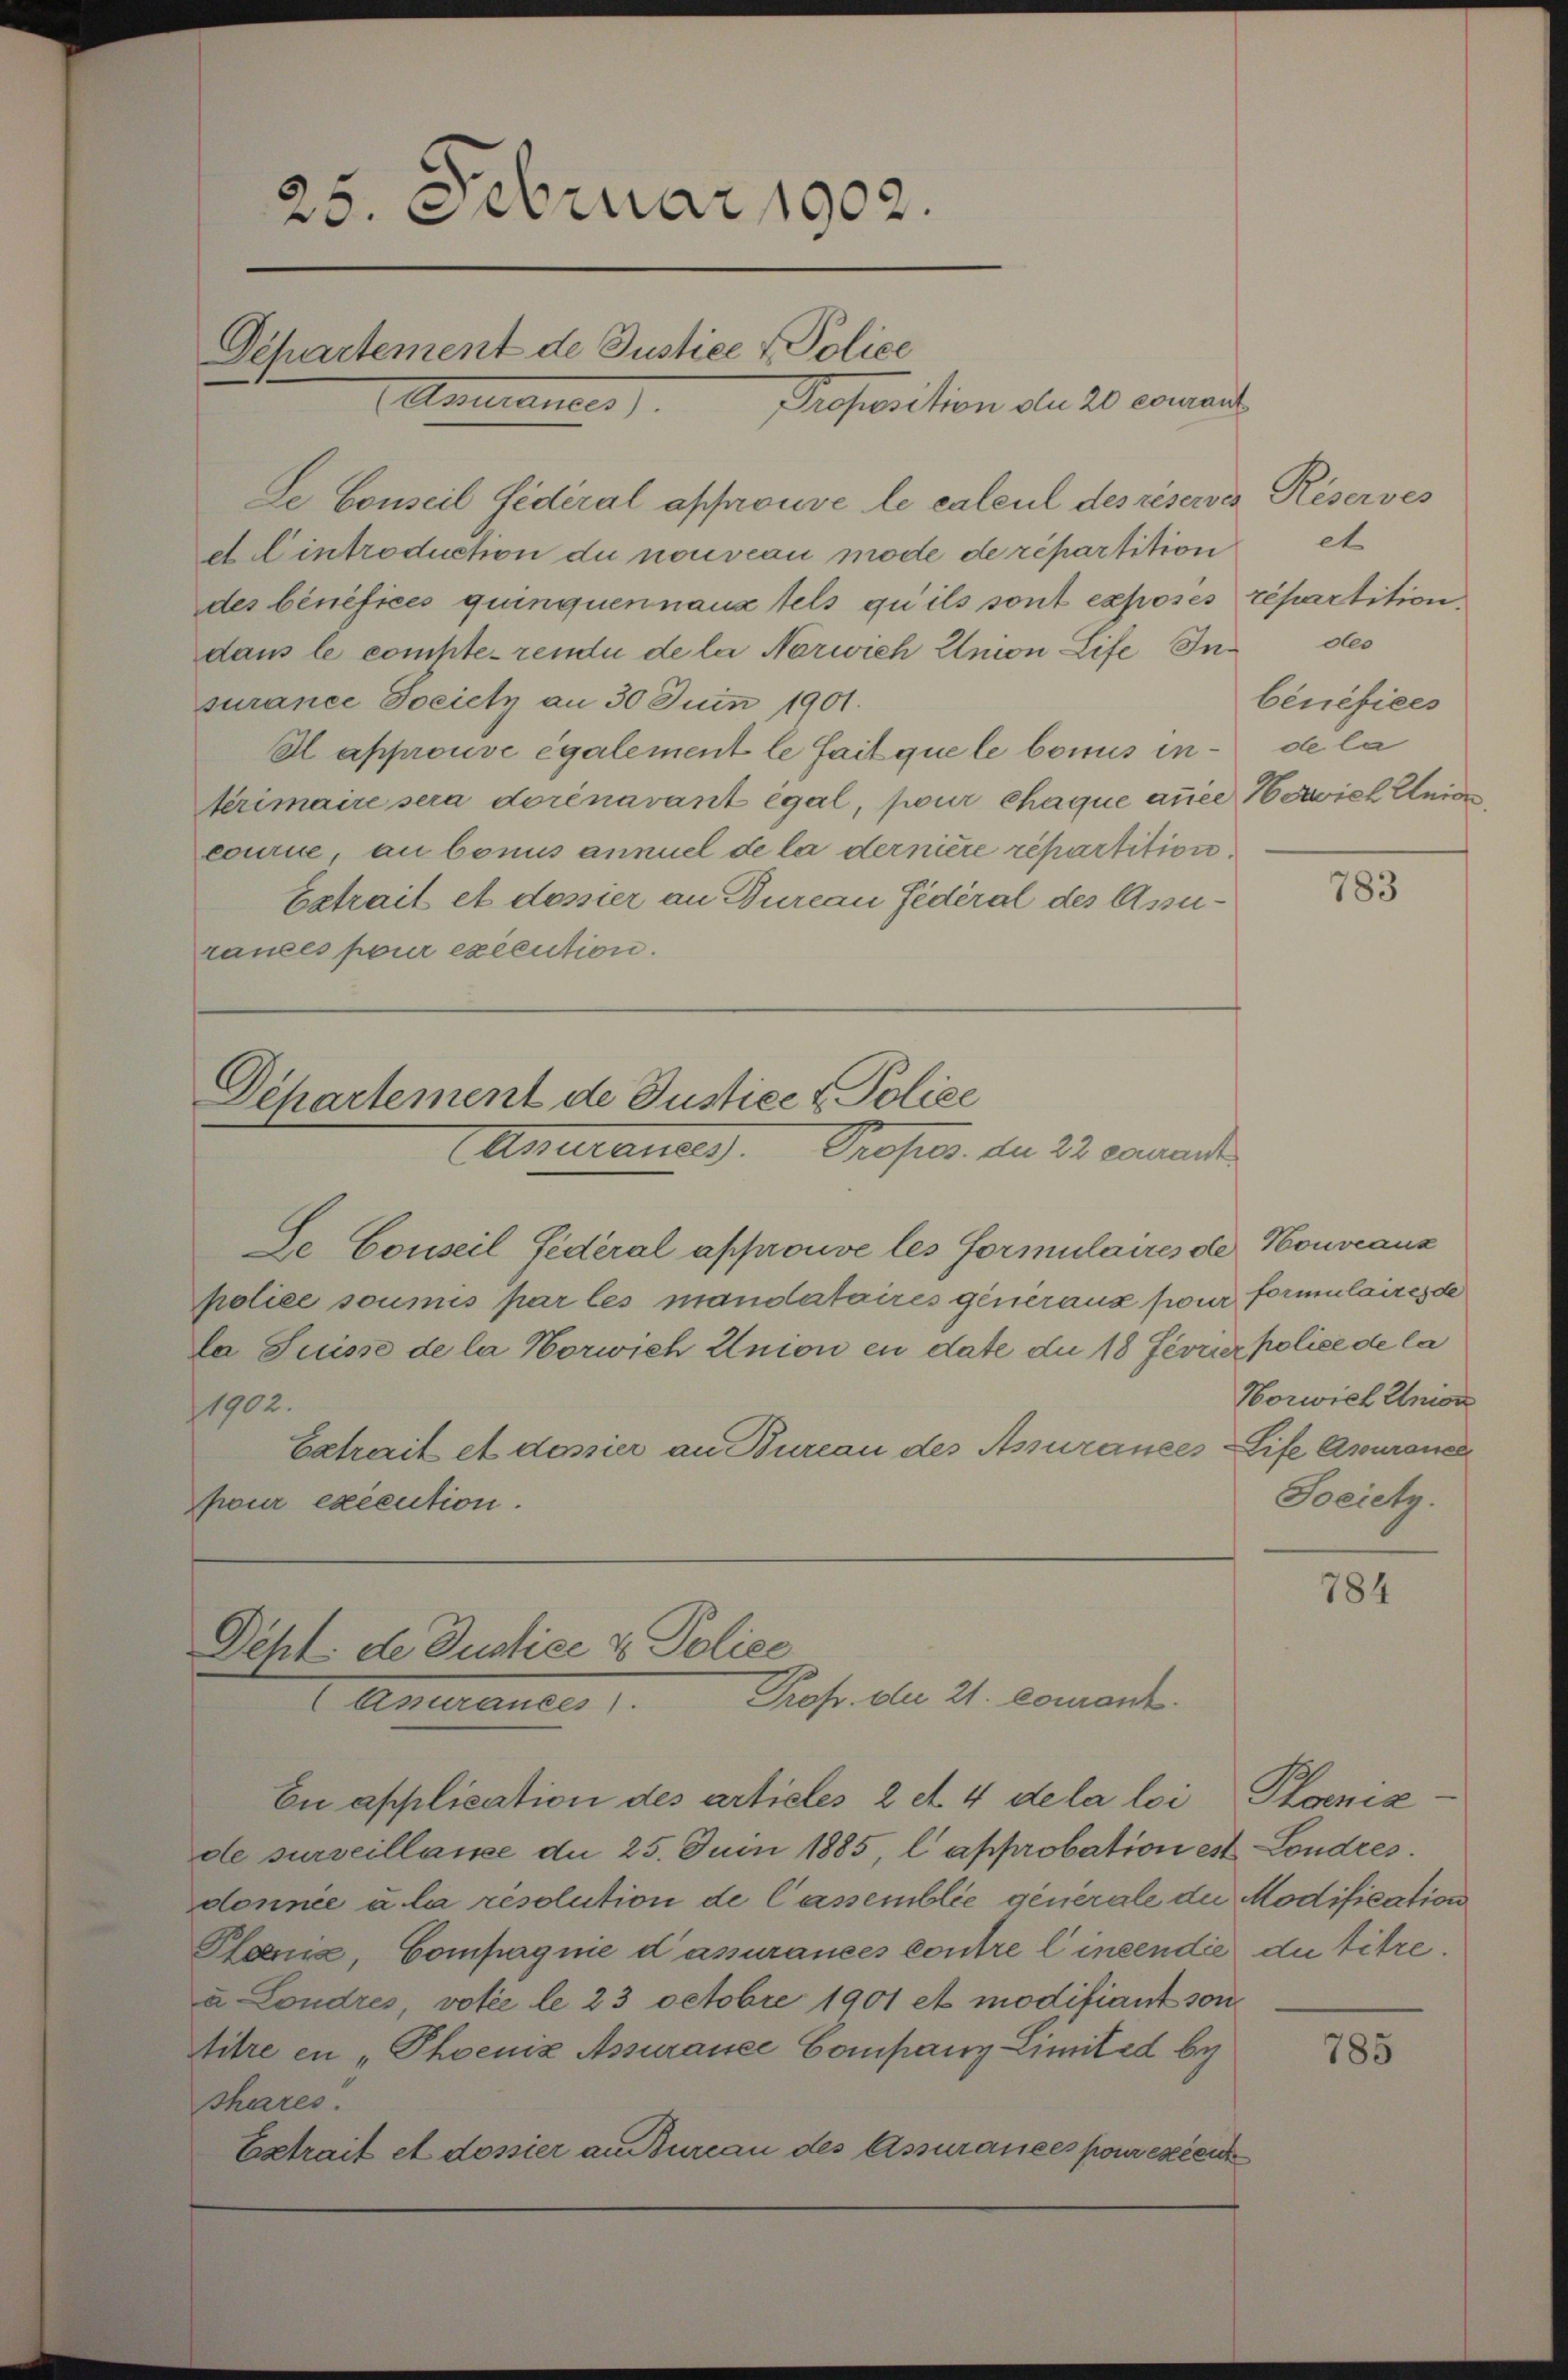
25. Februar 1902.
Departement de Justice & Police
Antrances
Proposition du 20 courant

de Conseil fédéral approuve le calcul des réserves Reserves
e Eintroduction du nouveau mode de répartition
des bénéfices quinquennanz fels qu’ils sont exposés répartition
dans le compte- rende de la Narwich Union Life Insurance Societz an 30 Juin 1901.
A approuve également le fait que le bonus in de la
terimaire sera dorénavant égal, pour chaque aner Serviel Unio
courie, au bonus annuel de la dernière repartition.
Extrait et dossier an Dureau fédéral des Assurances pour exécution.

Departement de Justice & Police
Assurandes.
Profess. du 22 erwandte

Se Conseil Federal approuve les Formulaires de Nouveaux
police soumis par les mandataires generanz pour formulaires de
la Suisse de la Horwich Union en date du 18 Ferrier police de la
1902.
Catrait et dossier an Bureau des Assurances Life Asuraner
pour exécution.

Deht: de Justice & Police
Prof. der 21. comanz.
(Asurances).

En application des articles 2 et. 4 dela loi Poeniz
de surveillace du 25. Juin 1885, l approbation est Londres.
donnée u la resolution de Cassemblie generale die Modification
Pana, Compagnie d’assurances contre lineendie du titre.
u Londres, votie le 23 Octobre 1901 et modifiant son
titre en „Phoeniz Assurance Company Limited bey
shares.
Extrait et dossier an Bureau des Assurances pour exécut

et
des
bénéfices

784

783

Norwiel Union
Societz.

785